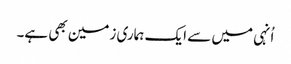
اُنہی میں سے ایک ہماری زمین بھی ہے۔